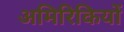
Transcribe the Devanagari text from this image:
अमिरिकियों